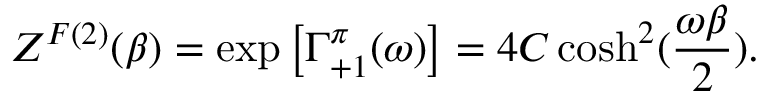
Z ^ { F ( 2 ) } ( \beta ) = \exp \left[ \Gamma _ { + 1 } ^ { \pi } ( \omega ) \right] = 4 C \cosh ^ { 2 } ( { \frac { \omega \beta } { 2 } } ) .